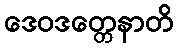
ဒေဝဒတ္တေနာတိ